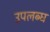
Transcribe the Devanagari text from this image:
उपलब्‍घ